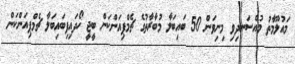
މައުލޫމާތު މުއްސަނދިވި މިނިވަން 50 ބައިބަލާ މުބާރާތުގެ ޗެމްޕިއަންކަން ބީޖީ ހޯދައިފިބައިބަލާ ޗެމްޕިއަންކަން